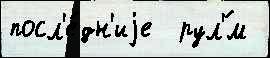
посл'е́дн'иjе  рул'́м